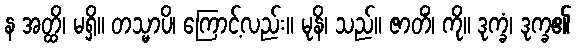
န အတ္ထိ၊ မရှိ။ တသ္မာပိ၊ ကြောင့်လည်း။ မုနိ၊ သည်။ ဇာတိံ၊ ကို။ ဒုက္ခံ၊ ဒုက္ခ၏